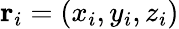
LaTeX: \mathbf{r}_{i}=(x_{i},y_{i},z_{i})